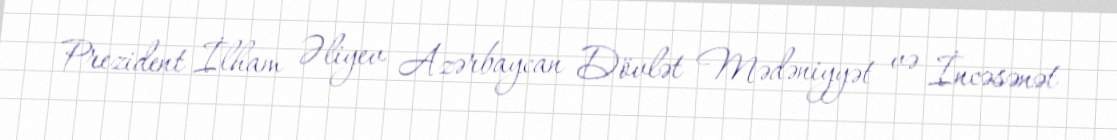
Prezident İlham Əliyev Azərbaycan Dövlət Mədəniyyət və İncəsənət